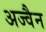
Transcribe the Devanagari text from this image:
अज्वैन